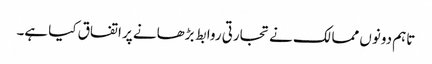
تاہم دونوں ممالک نے تجارتی روابط بڑھانے پر اتفاق کیا ہے۔